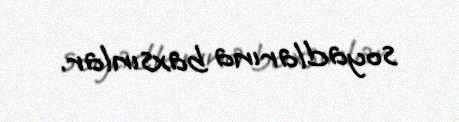
soyadlarına baxsınlar.